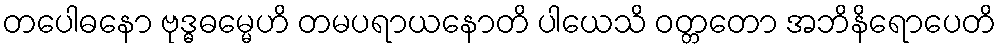
တပေါဓနော ဗုဒ္ဓဓမ္မေဟိ တမပရာယနောတိ ပါယေသိ ဝတ္တတော အဘိနိရောပေတိ